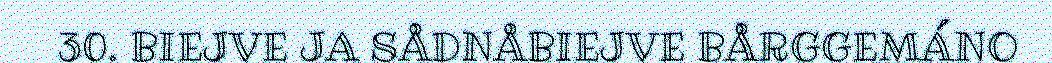
30. BIEJVE JA SÅDNÅBIEJVE BÅRGGEMÁNO